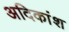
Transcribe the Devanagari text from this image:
अदिकांश